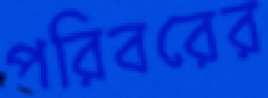
পরিবরের